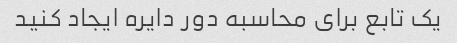
یک تابع برای محاسبه دور دایره ایجاد کنید